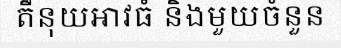
តឺនុយអាវធំ និងមួយចំនួន